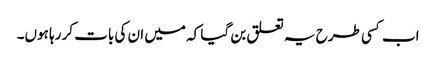
اب کسی طرح یہ تعلق بن گیا کہ میں ان کی بات کر رہا ہوں۔